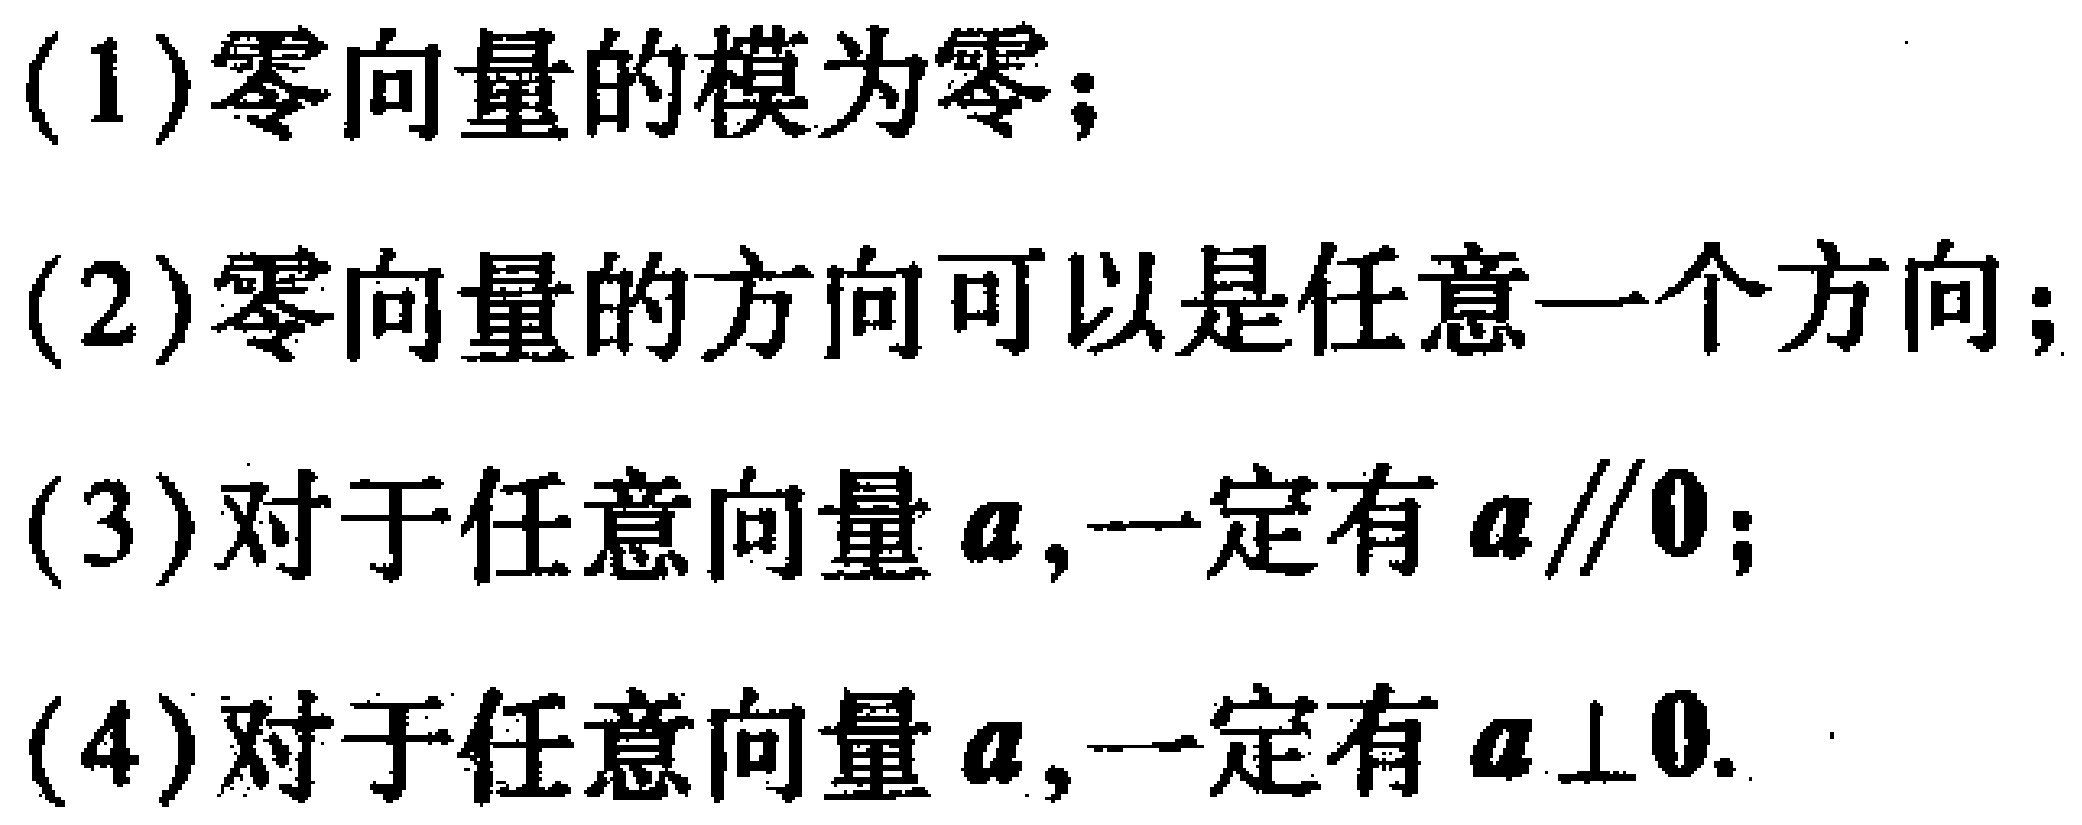
(1)零向量的模为零；
(2)零向量的方向可以是任意一个方向；
(3)对于任意向量$\boldsymbol{a}$,一定有$\boldsymbol{a}\parallel\boldsymbol{0}$；
(4)对于任意向量$\boldsymbol{a}$,一定有$\boldsymbol{a}\perp\boldsymbol{0}$.